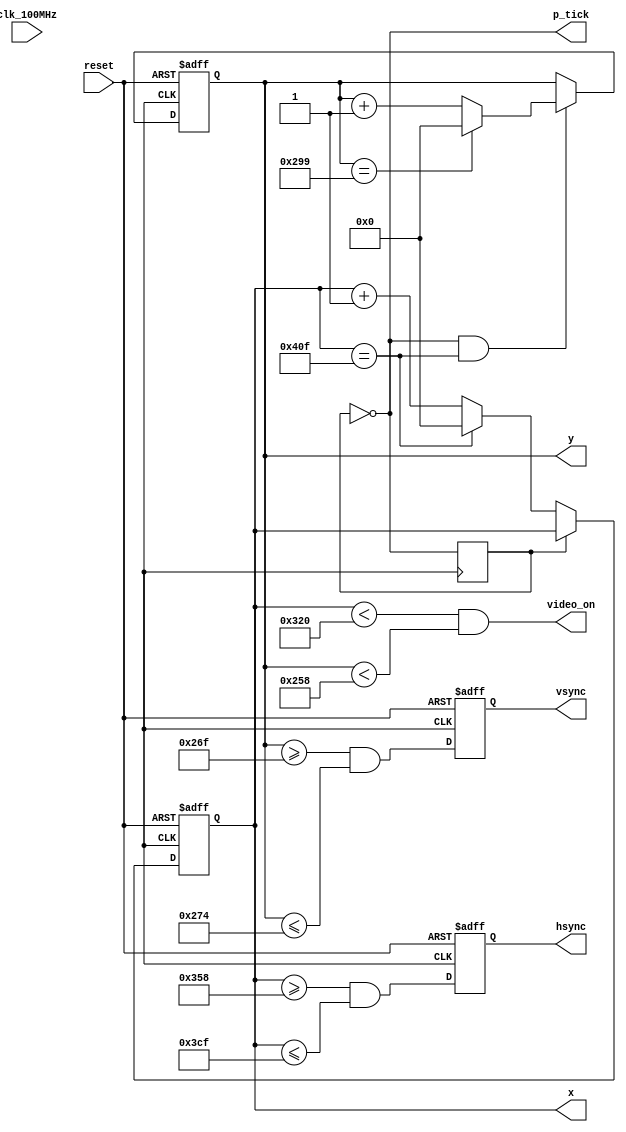
module vga_controller(
	input clk_100MHz, 
	input reset,
	output hsync, 
	output vsync, 
	output video_on, 
	output p_tick,
	output [10:0] x, 
	output [10:0] y
);
	
	// VESA Signal 800 x 600 @ 72Hz timing
	// constant declarations for VGA sync parameters
	localparam H_DISPLAY       = 800; // horizontal display area
	localparam H_L_BORDER      =  64; // horizontal left border
	localparam H_R_BORDER      =  56; // horizontal right border
	localparam H_RETRACE       =  120; // horizontal retrace
	localparam H_MAX           = H_DISPLAY + H_L_BORDER + H_R_BORDER + H_RETRACE - 1;
	localparam START_H_RETRACE = H_DISPLAY + H_R_BORDER;
	localparam END_H_RETRACE   = H_DISPLAY + H_R_BORDER + H_RETRACE - 1;
	
	localparam V_DISPLAY       = 600; // vertical display area
	localparam V_T_BORDER      =  37; // vertical top border
	localparam V_B_BORDER      =  23; // vertical bottom border
	localparam V_RETRACE       =   6; // vertical retrace
	localparam V_MAX           = V_DISPLAY + V_T_BORDER + V_B_BORDER + V_RETRACE - 1;
    	localparam START_V_RETRACE = V_DISPLAY + V_B_BORDER;
	localparam END_V_RETRACE   = V_DISPLAY + V_B_BORDER + V_RETRACE - 1;
	
	// mod-2 counter to generate 50 MHz pixel tick
	reg pixel_reg;
	wire pixel_next, pixel_tick;
	
	always @(posedge clk)
		pixel_reg <= pixel_next;
	
	assign pixel_next = ~pixel_reg; // next state is complement of current
	
	assign pixel_tick = (pixel_reg == 0); // assert tick half of the time
	
	// registers to keep track of current pixel location
	reg [10:0] h_count_reg, h_count_next, v_count_reg, v_count_next;
	
	// register to keep track of vsync and hsync signal states
	reg vsync_reg, hsync_reg;
	wire vsync_next, hsync_next;
 
	// infer registers
	always @(posedge clk, posedge reset)
		if(reset)
		    begin
                    v_count_reg <= 0;
                    h_count_reg <= 0;
                    vsync_reg   <= 0;
                    hsync_reg   <= 0;
	            end
		else
		    begin
                    v_count_reg <= v_count_next;
                    h_count_reg <= h_count_next;
                    vsync_reg   <= vsync_next;
                    hsync_reg   <= hsync_next;
	            end
			
	// next-state logic of horizontal vertical sync counters
	always @*
		begin
		h_count_next = pixel_tick ? 
		               h_count_reg == H_MAX ? 0 : h_count_reg + 1
			       : h_count_reg;
		
		v_count_next = pixel_tick && h_count_reg == H_MAX ? 
		               (v_count_reg == V_MAX ? 0 : v_count_reg + 1) 
			       : v_count_reg;
		end
		
        // hsync and vsync are active low signals
        // hsync signal asserted during horizontal retrace
        assign hsync_next = h_count_reg >= START_H_RETRACE 
                            && h_count_reg <= END_H_RETRACE;
   
        // vsync signal asserted during vertical retrace
        assign vsync_next = v_count_reg >= START_V_RETRACE 
                            && v_count_reg <= END_V_RETRACE;

        // video only on when pixels are in both horizontal and vertical display region
        assign video_on = (h_count_reg < H_DISPLAY) 
                           && (v_count_reg < V_DISPLAY);

        // output signals
        assign hsync  = hsync_reg;
        assign vsync  = vsync_reg;
        assign x      = h_count_reg;
        assign y      = v_count_reg;
        assign p_tick = pixel_tick;
endmodule